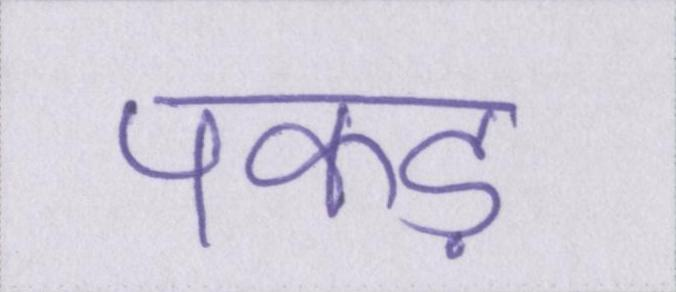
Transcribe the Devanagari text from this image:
पकड़